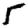
Digit: 5